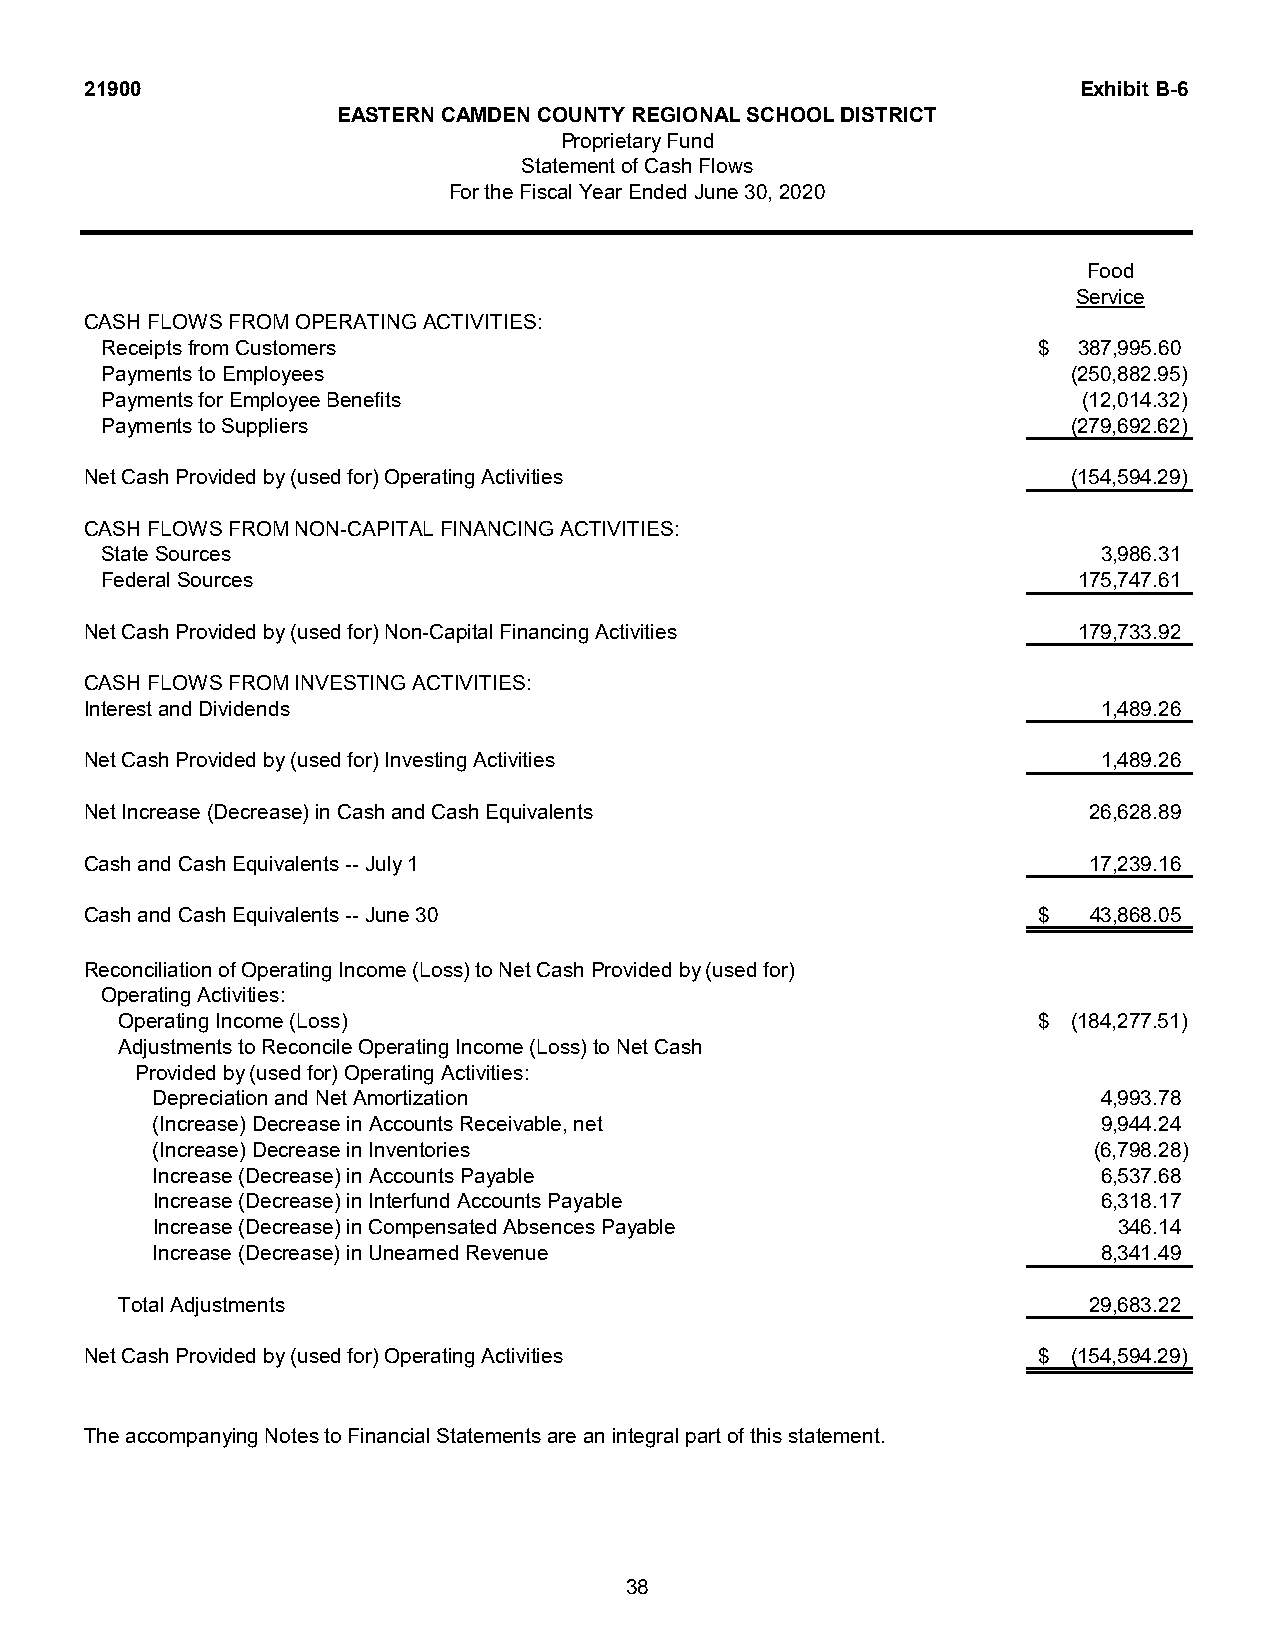
21900                                                             Exhibit B-6
 EASTERN CAMDEN COUNTY REGIONAL SCHOOL DISTRICT
 Proprietary Fund
 Statement of Cash Flows
 For the Fiscal Year Ended June 30, 2020
 Food
 Service
 CASH FLOWS FROM OPERATING ACTIVITIES:
 Receipts from Customers                                       $ 387,995.60
 Payments to Employees                                           (250,882.95)
 Payments for Employee Benefits                                   (12,014.32)
 Payments to Suppliers                                           (279,692.62)
 Net Cash Provided by (used for) Operating Activities             (154,594.29)
 CASH FLOWS FROM NON-CAPITAL FINANCING ACTIVITIES:
 State Sources                                                     3,986.31
 Federal Sources                                                 175,747.61
 Net Cash Provided by (used for) Non-Capital Financing Activities 179,733.92
 CASH FLOWS FROM INVESTING ACTIVITIES:
 Interest and Dividends                                             1,489.26
 Net Cash Provided by (used for) Investing Activities               1,489.26
 Net Increase (Decrease) in Cash and Cash Equivalents              26,628.89
 Cash and Cash Equivalents -- July 1                               17,239.16
 Cash and Cash Equivalents -- June 30                           $  43,868.05
 Reconciliation of Operating Income (Loss) to Net Cash Provided by (used for)
 Operating Activities:
 Operating Income (Loss)                                      $ (184,277.51)
 Adjustments to Reconcile Operating Income (Loss) to Net Cash
 Provided by (used for) Operating Activities:
 Depreciation and Net Amortization                              4,993.78
 (Increase) Decrease in Accounts Receivable, net                9,944.24
 (Increase) Decrease in Inventories                            (6,798.28)
 Increase (Decrease) in Accounts Payable                        6,537.68
 Increase (Decrease) in Interfund Accounts Payable              6,318.17
 Increase (Decrease) in Compensated Absences Payable             346.14
 Increase (Decrease) in Unearned Revenue                        8,341.49
 Total Adjustments                                               29,683.22
 Net Cash Provided by (used for) Operating Activities           $ (154,594.29)
 The accompanying Notes to Financial Statements are an integral part of this statement.
 38